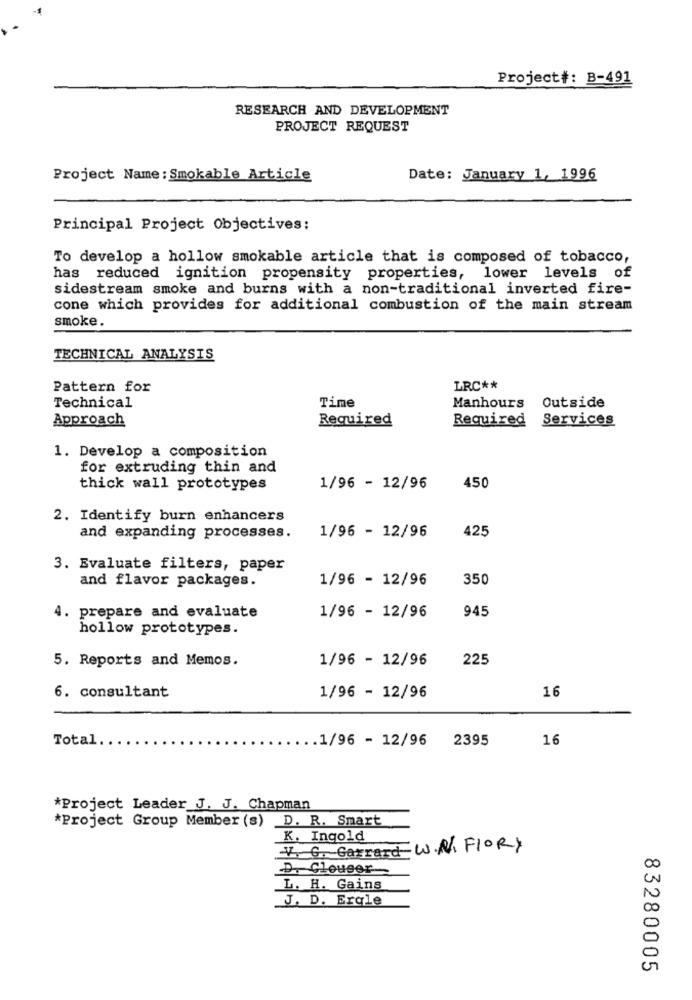
Project#: B-491
RESEARCH AND DEVELOPMENT
PROJECT REQUEST
Project Name : Smokable Article
Date: January 1, 1996
Principal Project Objectives:
To develop a hollow smokable article that is composed of tobacco,
has reduced ignition propensity properties, lower levels of
sidestream smoke and burns with a non-traditional inverted fire-
cone which provides for additional combustion of the main stream
smoke.
TECHNICAL ANALYSIS
Pattern for
LRC **
Technical
Time
Manhours
Outside
Approach
Required
Required Services
1. Develop a composition
for extruding thin and
thick wall prototypes
1/96 - 12/96
450
2. Identify burn enhancers
1/96 - 12/96
425
and expanding processes.
3. Evaluate filters, paper
and flavor packages.
1/96 - 12/96
350
4. prepare and evaluate
1/96 - 12/96
945
hollow prototypes.
5. Reports and Memos.
1/96 - 12/96
225
16
6. consultant
1/96 - 12/96
Total
.. 1/96 - 12/96
2395
16
*Project Leader_J. J. Chapman
*Project Group Member (s) D. R. Smart
K. Ingold
-V. G. Garrard W.R. FLORY
D. Clouser
L. H. Gains
J. D. Ergle
83280005